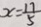
x = \frac { 1 7 } { 5 }